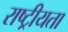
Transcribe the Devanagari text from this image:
राष्‍ट्रीयता